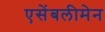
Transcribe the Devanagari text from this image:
एसेंबलीमेन